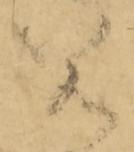
若